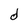
Character: d